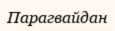
Парагвайдан